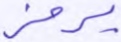
يرمز